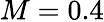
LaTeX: M=0.4